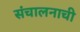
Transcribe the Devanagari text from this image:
संचालनाची